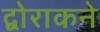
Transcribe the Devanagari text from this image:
द्वोराकने